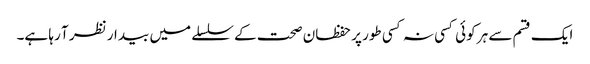
ایک قسم سے ہر کوئی کسی نہ کسی طور پر حفظان صحت کے سلسلے میں بیدار نظر آ رہا ہے۔